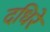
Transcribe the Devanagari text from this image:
दधिरे